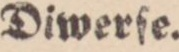
Diwerſe.